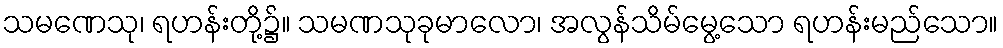
သမဏေသု၊ ရဟန်းတို့၌။ သမဏသုခုမာလော၊ အလွန်သိမ်မွေ့သော ရဟန်းမည်သော။